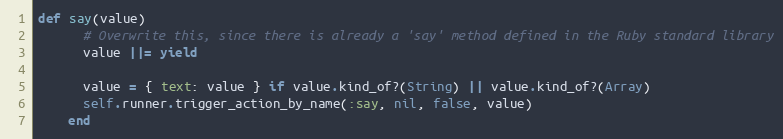
Language: Ruby
def say(value)
      # Overwrite this, since there is already a 'say' method defined in the Ruby standard library
      value ||= yield

      value = { text: value } if value.kind_of?(String) || value.kind_of?(Array)
      self.runner.trigger_action_by_name(:say, nil, false, value)
    end